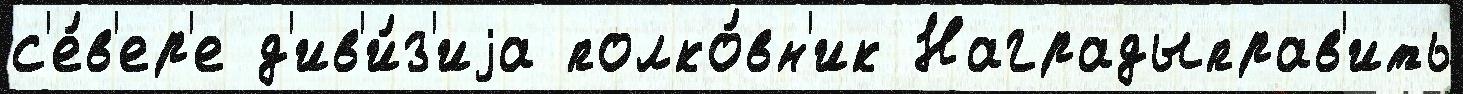
с'е́в'ер'е д'ив'и́з'иjа полко́вн'ик Наградыправ'ить